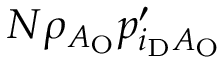
N \rho _ { A _ { \mathrm { O } } } p _ { i _ { \mathrm { D } } A _ { \mathrm { O } } } ^ { \prime }